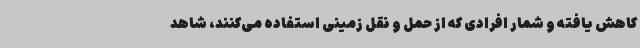
کاهش یافته و شمار افرادی که از حمل و نقل زمینی استفاده می‌کنند، شاهد